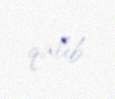
qalıb.